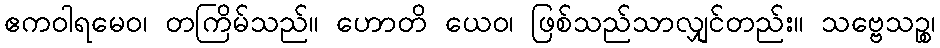
ဧကဝါရမေဝ၊ တကြိမ်သည်။ ဟောတိ ယေဝ၊ ဖြစ်သည်သာလျှင်တည်း။ သဗ္ဗေသဉ္စ၊